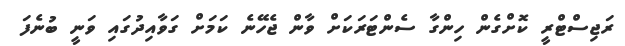
ރަޖިސްޓްރީ ކޮށްގެން ހިންގާ ސެންޓަރަކަށް ވާން ޖެހޭނެ ކަމަށް ގަވާއިދުގައި ވަނީ ބުނެފަ